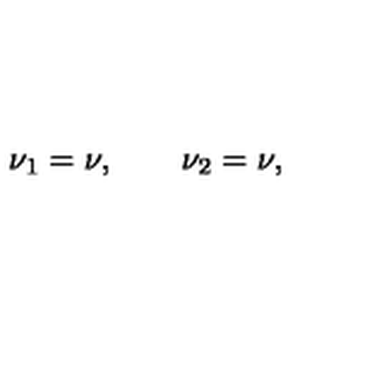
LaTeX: \nu _ { 1 } = \nu , \qquad \nu _ { 2 } = \nu ,